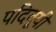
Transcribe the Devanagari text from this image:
पदिवूयी